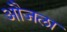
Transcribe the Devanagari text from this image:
औजला